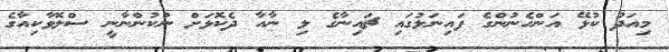
މިއަދު ކުޅޭ އަންހެނުންގެ ފައިނަލުގައި ޗައިނާގެ ލި ނާއާ ދެކޮޅަށް ނުކުންނާނީ ސްލޮވާކިއާގެ